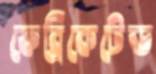
ফেব্রিকেটেড